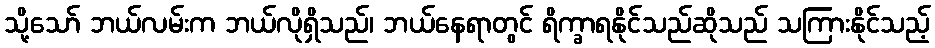
သို့သော် ဘယ်လမ်းက ဘယ်လိုရှိသည်၊ ဘယ်နေရာတွင် ရိက္ခာရနိုင်သည်ဆိုသည် သကြားနိုင်သည့်